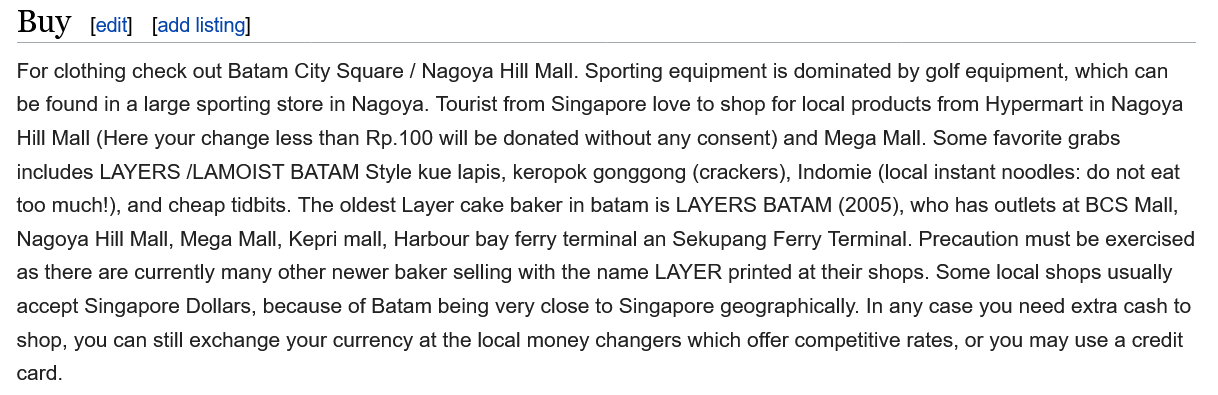
Buy
  For clothing check out Batam City Square / Nagoya Hill Mall. Sporting equipment is dominated by golf equipment, which can
  be found in a large sporting store in Nagoya. Tourist from Singapore love to shop for local products from Hypermart in Nagoya
  Hill Mall (Here your change less than Rp.100 will be donated without any consent) and Mega Mall. Some favorite grabs
  includes LAYERS /LAMOIST BATAM Style kue lapis, keropok gonggong (crackers), Indomie (local instant noodles: do not eat
  too much!), and cheap tidbits. The oldest Layer cake baker in batam is LAYERS BATAM (2005), who has outlets at BCS Mall,
  Nagoya Hill Mall, Mega Mall, Kepri mall, Harbour bay ferry terminal an Sekupang Ferry Terminal. Precaution must be exercised
  as there are currently many other newer baker selling with the name LAYER printed at their shops. Some local shops usually
  accept Singapore Dollars, because of Batam being very close to Singapore geographically. In any case you need extra cash to
  shop, you can still exchange your currency at the local money changers which offer competitive rates, or you may use a credit
  card.
     [add listing] [edit]